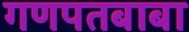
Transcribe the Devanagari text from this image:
गणपतबाबा